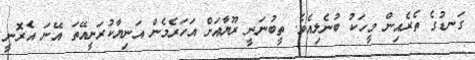
ގަނޑުގެ ތެރެއިން މީހަކު ބުނެލިއެވެ. ތީބުނަނީ ރޫޔާއަށް އަހަރެމެން އަނިޔާކުރަނީއޭތަ އޭނަ އެރޮނީ